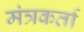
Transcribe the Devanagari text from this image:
मंत्रकर्ता